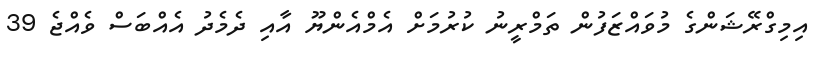
އިމިގްރޭޝަންގެ މުވައްޒަފުން ތަމްރީނު ކުރުމަށް އެމްއެންޔޫ އާއި ދެމެދު އެއްބަސް ވެއްޖެ 39